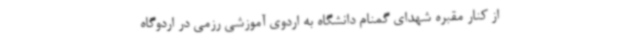
از کنار مقبره شهدای گمنام دانشگاه به اردوی آموزشی رزمی در اردوگاه